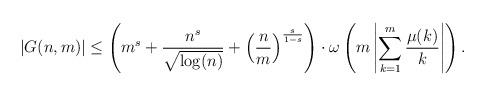
LaTeX: \begin{align*}|G(n,m)| \leq \left(m^s + \frac{n^s}{\sqrt{\log(n)}} + \left(\frac{n}{m}\right)^{\frac{s}{1-s}} \right) \cdot \omega\left(m \left|\sum_{k=1}^m \frac{\mu(k)}{k}\right|\right).\end{align*}